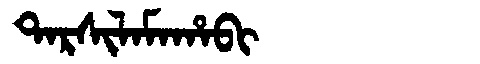
Manchu: ᡨᠠᡵᠰᡳᠯᠠᠮᠠᡥᠠᠪᡳ
Romanization: TARSILAMAHABI